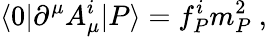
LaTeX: \langle 0|\partial^{\mu}A_{\mu}^{i}|P\rangle=f_{P}^{i}m_{P}^{2}\ ,